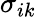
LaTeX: \sigma_{ik}